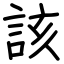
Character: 該